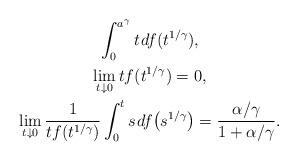
LaTeX: \begin{gather*}\int_{0}^{a^\gamma} t\mkern+1.5mu df(t^{1/\gamma}) , \\\lim_{t \downarrow 0} t f(t^{1/\gamma}) = 0, \\ \lim_{t \downarrow 0} \frac{1}{t f(t^{1/\gamma})} \displaystyle\int_{0}^{t} s\mkern+1.5mu df\bigl(s^{1/\gamma}\bigr) = \frac{\alpha/\gamma}{1 + \alpha/\gamma}.\end{gather*}